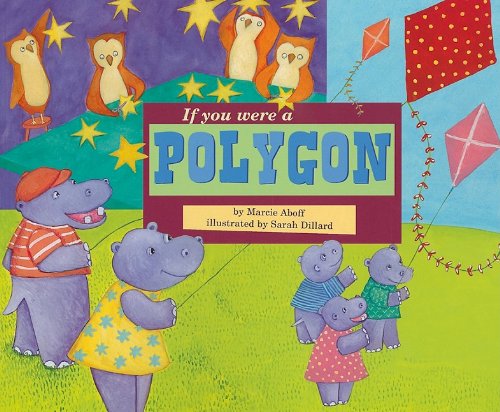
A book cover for If You Were a Polygon (Math Fun); Marcie Aboff; Science & Math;